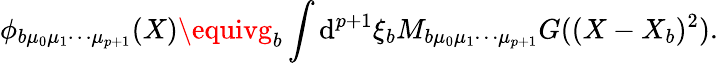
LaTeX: \phi_{b\mu_{0}\mu_{1}\cdots\mu_{p+1}}(X)\equivg_{b}\int\mathrm{d}^{p+1}\xi_{b}M_{b\mu_{0}\mu_{1}\cdots\mu_{p+1}}G((X-X_{b})^{2}).